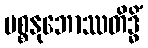
ပစ္စနုဘောဿတိဒ္ဓိံ